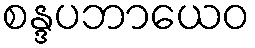
စန္ဒပဘာယေဝ